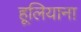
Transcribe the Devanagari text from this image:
हूलियाना